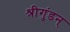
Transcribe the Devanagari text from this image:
श्रीगुंडन्